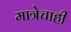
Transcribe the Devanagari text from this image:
मात्रेचाही